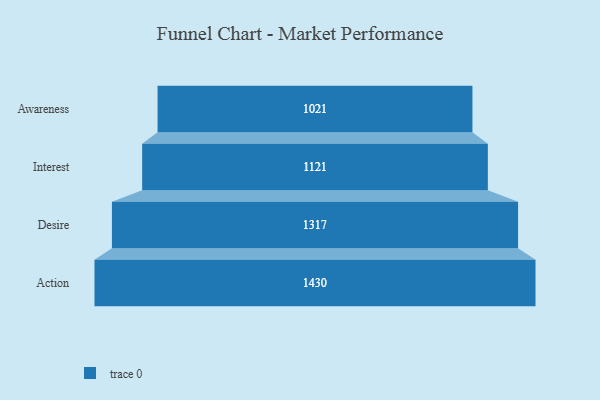
{"axis": {"x": "Stage", "y": "Value"}, "legend": [""], "data": [{"x": "Awareness", "y": 1021.0, "type": ""}, {"x": "Interest", "y": 1121.0, "type": ""}, {"x": "Desire", "y": 1317.0, "type": ""}, {"x": "Action", "y": 1430.0, "type": ""}]}